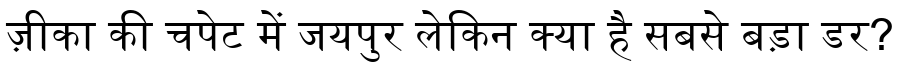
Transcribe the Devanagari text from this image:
ज़ीका की चपेट में जयपुर लेकिन क्या है सबसे बड़ा डर?